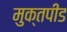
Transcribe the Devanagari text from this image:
मुक्तपीड